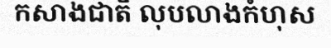
កសាងជាតិ លុបលាងកំហុស